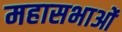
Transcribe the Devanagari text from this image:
महासभाओं